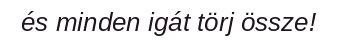
és minden igát törj össze!